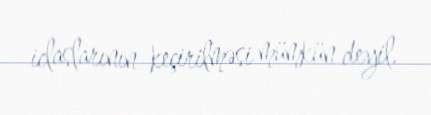
iclaslarının keçirilməsi mümkün deyil.